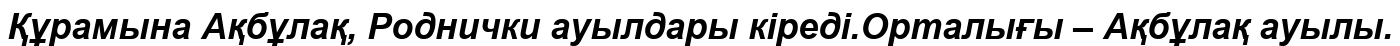
Құрамына Ақбұлақ, Роднички ауылдары кіреді.Орталығы – Ақбұлақ ауылы.